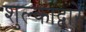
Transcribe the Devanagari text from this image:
शुल्काद्वारे